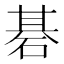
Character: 碁